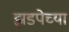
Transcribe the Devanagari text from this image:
झडपेच्या